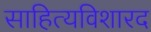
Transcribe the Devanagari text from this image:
साहित्यविशारद